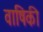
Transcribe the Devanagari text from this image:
वाषिकी